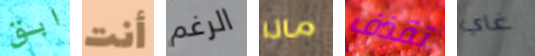
ابق أنت الرغم ماذا تقذف غاي